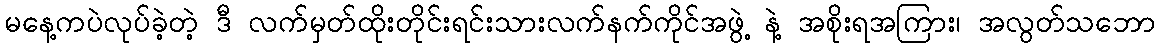
မနေ့ကပဲလုပ်ခဲ့တဲ့ ဒီ လက်မှတ်ထိုးတိုင်းရင်းသားလက်နက်ကိုင်အဖွဲ့ နဲ့ အစိုးရအကြား၊ အလွတ်သဘော